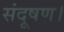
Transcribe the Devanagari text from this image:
संदूषण।